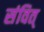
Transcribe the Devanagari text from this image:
संवित्